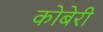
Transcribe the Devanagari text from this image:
कोबेरी